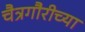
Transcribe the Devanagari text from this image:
चैत्रगौरीच्या